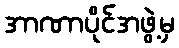
အာဏာပိုင်အဖွဲ့မှ